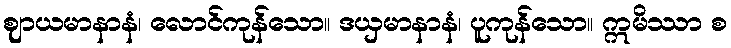
ဈာယမာနာနံ၊ လောင်ကုန်သော။ ဒယှမာနာနံ၊ ပူကုန်သော။ ဣမိဿာ စ